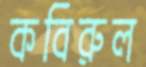
কবিরুল